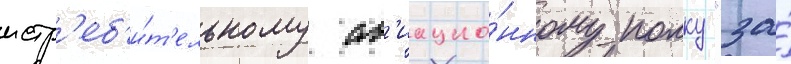
истр'еб'и́т'ельному ав'иацио́нному полку "за́